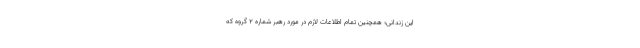
این زندانی؛ همچنین تمام اطلاعات لازم در مورد رهبر شماره 2 گروه که